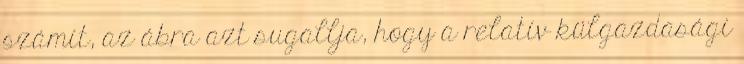
számít, az ábra azt sugallja, hogy a relatív külgazdasági